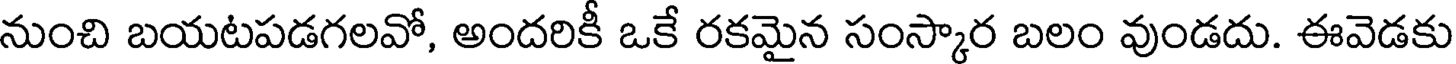
నుంచి బయటపడగలవో, అందరికీ ఒకే రకమైన సంస్కార బలం వుండదు. ఈవెడకు